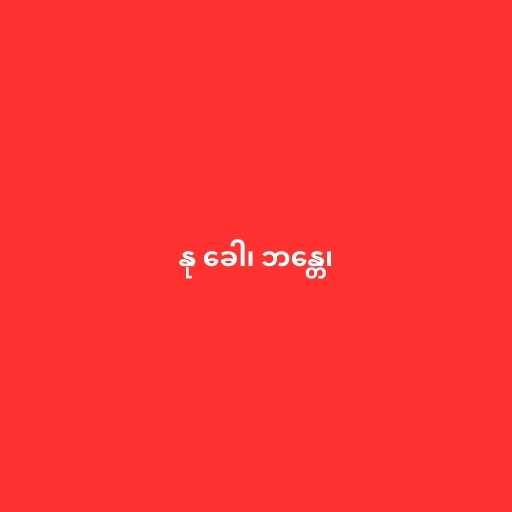
နု ခေါ၊ ဘန္တေ၊